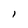
Character: I